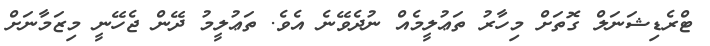
ޓްރެޑިޝަނަލް ގޮތަށް މިހާރު ތަޢުލީމެއް ނުދެވޭނެ އެވެ. ތަޢުލީމު ދޭން ޖެހޭނީ މިޒަމާނަށް